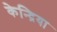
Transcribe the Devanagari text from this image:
केन्द्रिया